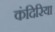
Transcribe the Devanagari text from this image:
कंदिरिया